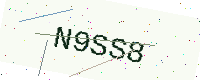
Text: N9SS8